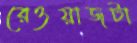
রেওয়াজটা